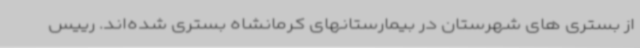
از بستری های شهرستان در بیمارستانهای کرمانشاه بستری شده‌اند. رییس